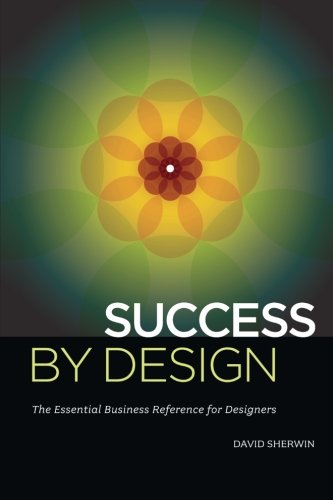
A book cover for Success By Design: The Essential Business Reference for Designers; David Sherwin; Arts & Photography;